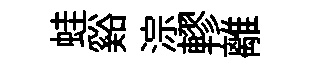
蛙谿淙轇離